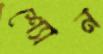
শ্যোন